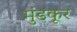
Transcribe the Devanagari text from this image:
मुंडकूर